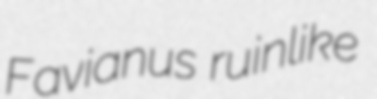
Favianus ruinlike